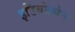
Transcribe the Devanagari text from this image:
इडियोफ़ोन